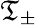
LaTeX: \mathfrak{T}_{\pm}